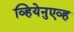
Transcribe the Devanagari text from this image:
व्हियेनुएव्ह